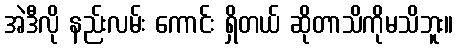
အဲဒီလို နည်းလမ်း ကောင်း ရှိတယ် ဆိုတာသိကိုမသိဘူး။